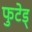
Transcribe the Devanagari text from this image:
फुटेड्